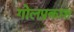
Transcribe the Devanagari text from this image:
गोलप्रकाश